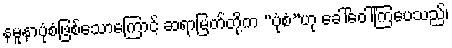
နမူနာပုံစံဖြစ်သောကြောင့် ဆရာမြတ်တို့က “ပုံစံ”ဟု ခေါ်ဝေါ်ကြပေသည်၊